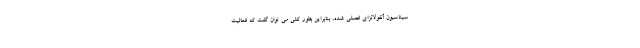
سیناسیون آنفولانزای فصلی شده، بنابراین بطور کلی می توان گفت که فعالیت